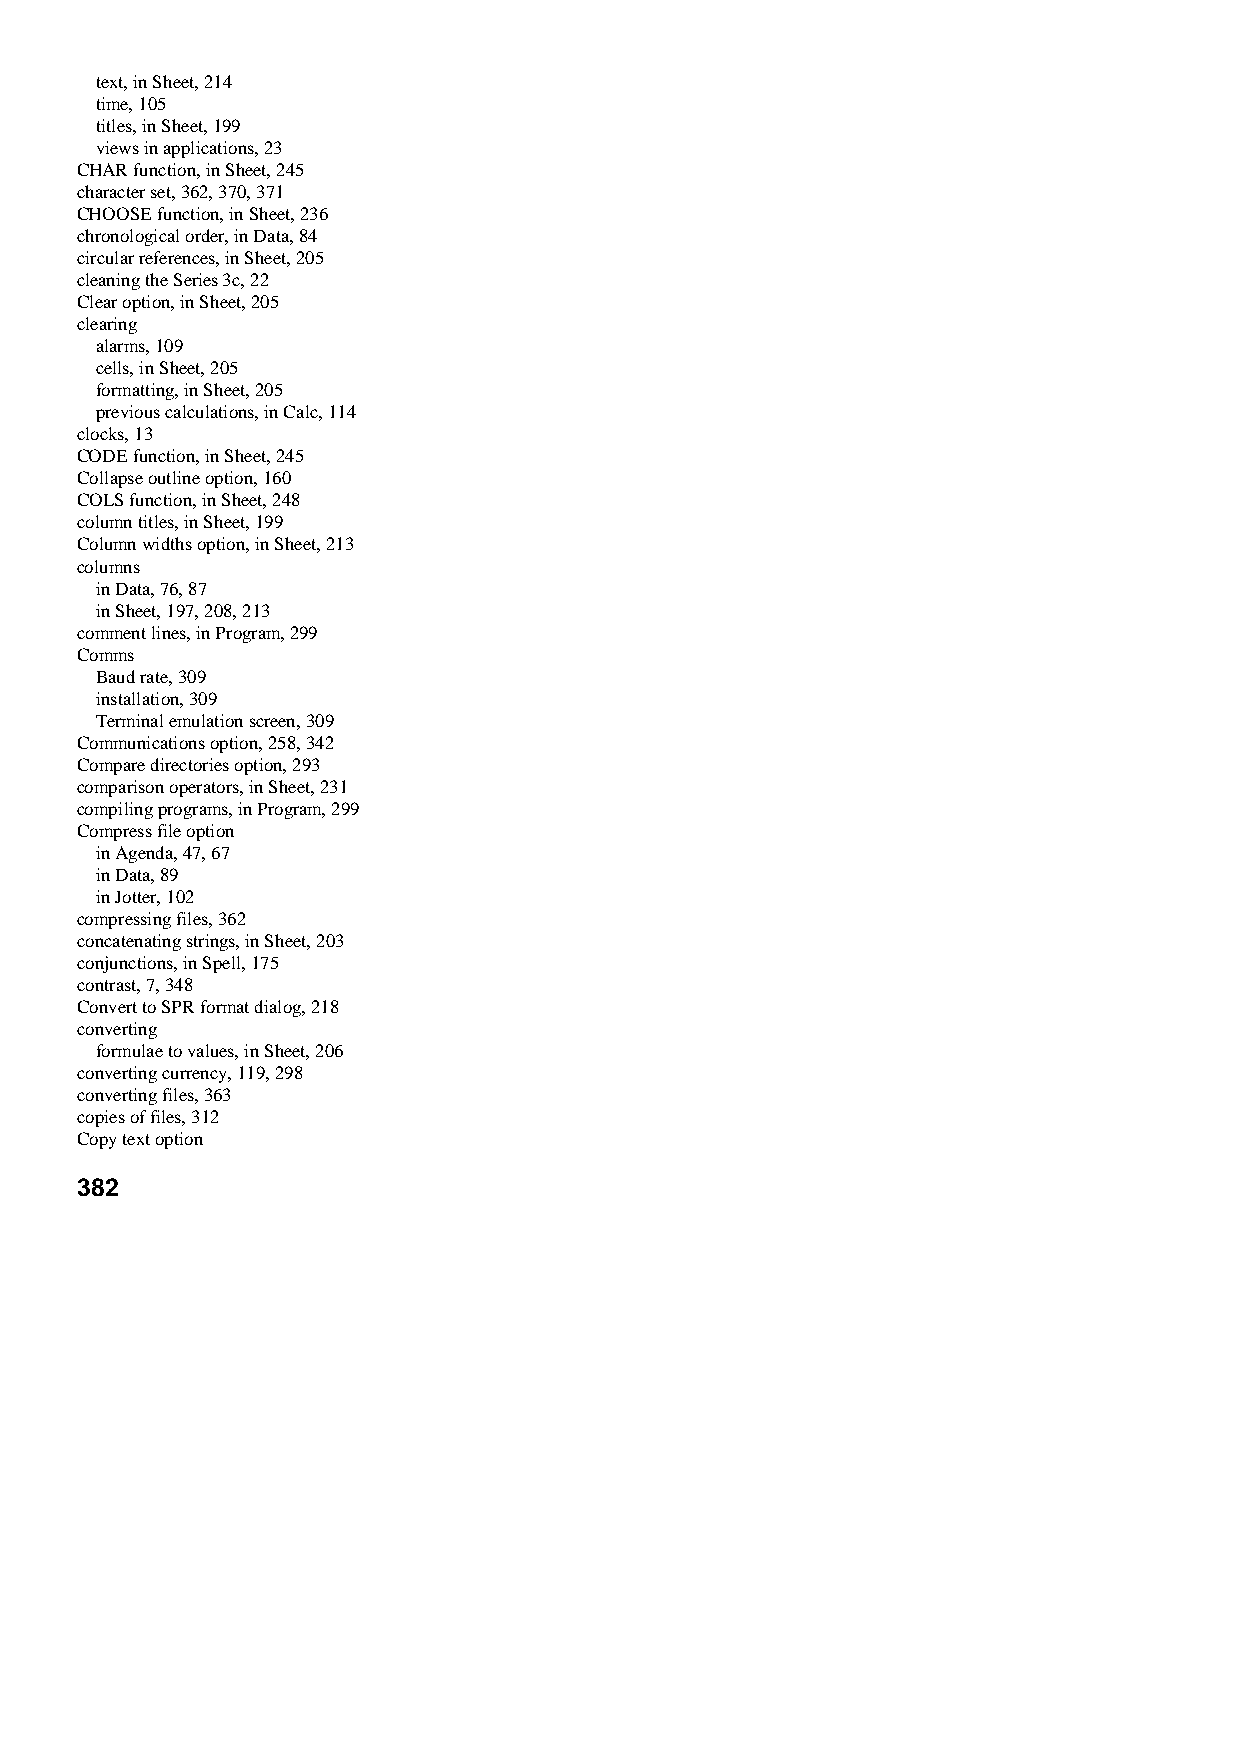
text, in Sheet, 214
 time, 105
 titles, in Sheet, 199
 views in applications, 23
 CHAR function, in Sheet, 245
 character set, 362, 370, 371
 CHOOSE function, in Sheet, 236
 chronological order, in Data, 84
 circular references, in Sheet, 205
 cleaning the Series 3c, 22
 Clear option, in Sheet, 205
 clearing
 alarms, 109
 cells, in Sheet, 205
 formatting, in Sheet, 205
 previous calculations, in Calc, 114
 clocks, 13
 CODE function, in Sheet, 245
 Collapse outline option, 160
 COLS function, in Sheet, 248
 column titles, in Sheet, 199
 Column widths option, in Sheet, 213
 columns
 in Data, 76, 87
 in Sheet, 197, 208, 213
 comment lines, in Program, 299
 Comms
 Baud rate, 309
 installation, 309
 Terminal emulation screen, 309
 Communications option, 258, 342
 Compare directories option, 293
 comparison operators, in Sheet, 231
 compiling programs, in Program, 299
 Compress file option
 in Agenda, 47, 67
 in Data, 89
 in Jotter, 102
 compressing files, 362
 concatenating strings, in Sheet, 203
 conjunctions, in Spell, 175
 contrast, 7, 348
 Convert to SPR format dialog, 218
 converting
 formulae to values, in Sheet, 206
 converting currency, 119, 298
 converting files, 363
 copies of files, 312
 Copy text option
 382